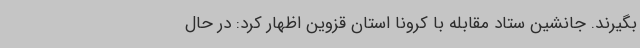
بگیرند. جانشین ستاد مقابله با کرونا استان قزوین اظهار کرد: در حال